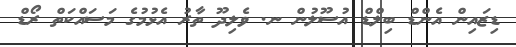
ޑިޒައިން އެންޑް ބިލްޑް އުސޫލުން ނ. ވެލިދޫ ތާރު އެޅުމުގެ މަސައްކަތް ރޯޑް